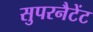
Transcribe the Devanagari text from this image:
सुपरनैटेंट